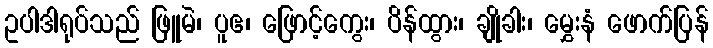
ဥပါဒါရုပ်သည် ဖြူမဲ၊ ပူဧ၊ ဖြောင့်ကွေး၊ ပိန်ထွား၊ ချိုခါး၊ မွှေးနံ ဖောက်ပြန်